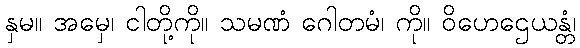
နှမ။ အမှေ၊ ငါတို့ကို။ သမဏံ ဂေါတမံ၊ ကို။ ဝိဟေဌေယန္တံ၊